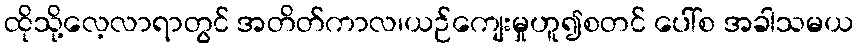
ထိုသို့လေ့လာရာတွင် အတိတ်ကာလ၊ယဉ်ကျေးမှုဟူ၍စတင် ပေါ်စ အခါသမယ